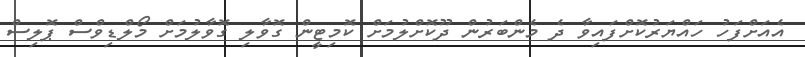
އެއަށްފަހު ހައްޔަރުކޮށްފައިވާ ދެ މެންބަރުން ދޫކޮށްލުމަށް ކޮމިޓީން ގޮވާލި ގޮވާލުމަށް މޯލްޑިވްސް ޕޮލިސް